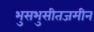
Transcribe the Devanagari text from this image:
भुसभुसीतजमीन